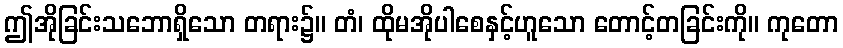
ဤအိုခြင်းသဘောရှိသော တရား၌။ တံ၊ ထိုမအိုပါစေနှင့်ဟူသော တောင့်တခြင်းကို။ ကုတော